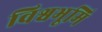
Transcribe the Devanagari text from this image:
विश्वभूमि